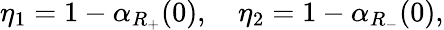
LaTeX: \eta_{1}=1-\alpha_{R_{+}}(0),\quad\eta_{2}=1-\alpha_{R_{-}}(0),